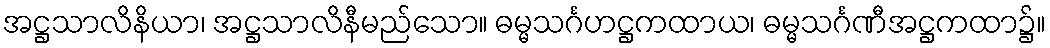
အဋ္ဌသာလိနိယာ၊ အဋ္ဌသာလိနီမည်သော။ ဓမ္မသင်္ဂဟဋ္ဌကထာယ၊ ဓမ္မသင်္ဂဏီအဋ္ဌကထာ၌။